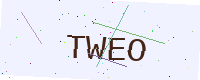
Text: TWEO